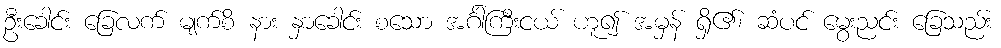
ဦးခေါင်း ခြေလက် မျက်စိ နား နှာခေါင်း စသော အင်္ဂါကြီးငယ် ဟူ၍ အမှန် ရှိ၏၊ ဆံပင် မွေးညင်း ခြေသည်း